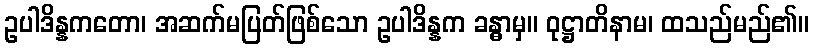
ဥပါဒိန္နကတော၊ အဆက်မပြတ်ဖြစ်သော ဥပါဒိန္နက ခန္ဓာမှ။ ဝုဋ္ဌာတိနာမ၊ ထသည်မည်၏။